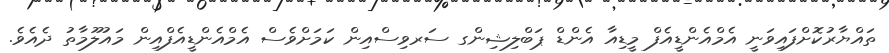
ތައްޔާރުކޮށްފައިވަނީ އެމްއެންޑީއެފް މީޑިއާ އެންޑް ޕަބްލިޝިންގ ސަރވިސްއިން ކަމަށްވެސް އެމްއެންޑީއެފްއިން މައުލޫމާތު ދެއެވެ.